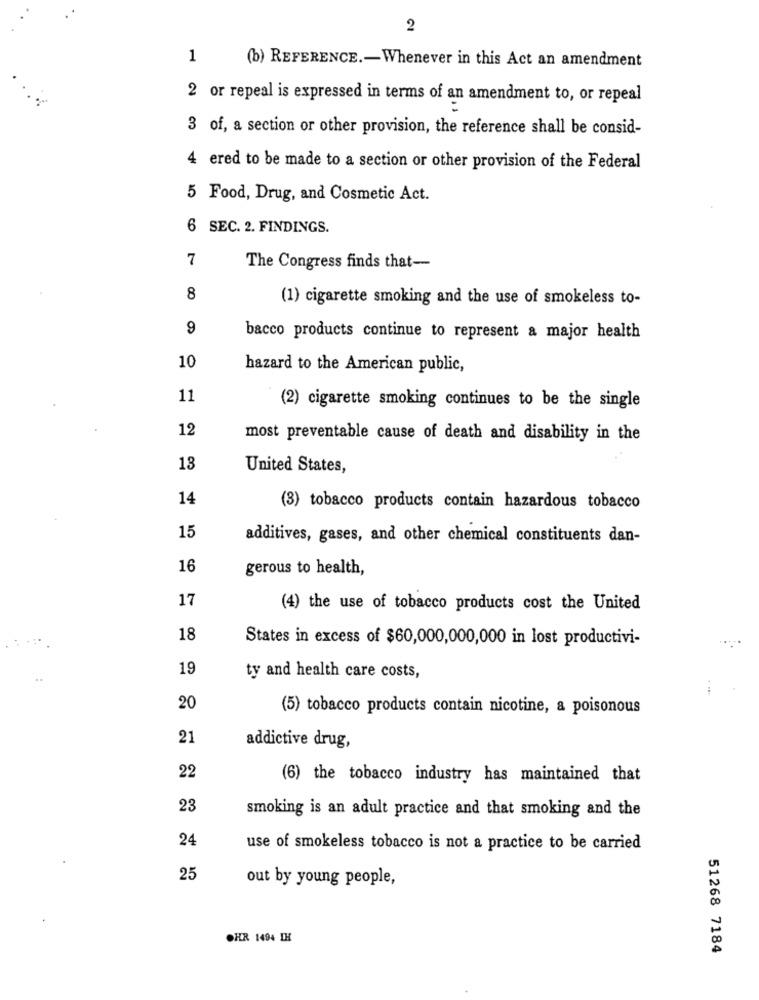
2
1
(b) REFERENCE .- Whenever in this Act an amendment
2 or repeal is expressed in terms of an amendment to, or repeal
3 of, a section or other provision, the reference shall be consid-
4 ered to be made to a section or other provision of the Federal
5 Food, Drug, and Cosmetic Act.
6 SEC. 2. FINDINGS.
7
The Congress finds that-
8
(1) cigarette smoking and the use of smokeless to-
9
bacco products continue to represent a major health
10
hazard to the American public,
11
(2) cigarette smoking continues to be the single
12
most preventable cause of death and disability in the
13
United States,
14
(3) tobacco products contain hazardous tobacco
15
additives, gases, and other chemical constituents dan-
16
gerous to health,
17
(4) the use of tobacco products cost the United
18
States in excess of $60,000,000,000 in lost productivi-
19
ty and health care costs,
20
(5) tobacco products contain nicotine, a poisonous
21
addictive drug,
22
(6) the tobacco industry has maintained that
23
smoking is an adult practice and that smoking and the
24
use of smokeless tobacco is not a practice to be carried
25
out by young people,
OHR 1494 IH
51268 7184